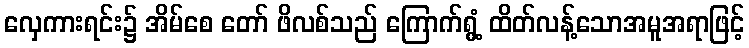
လှေကားရင်း၌ အိမ်စေ တော် ဖိလစ်သည် ကြောက်ရွံ့ ထိတ်လန့်သောအမူအရာဖြင့်